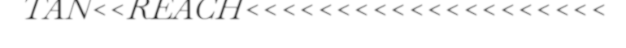
TAN<<REACH<<<<<<<<<<<<<<<<<<<<